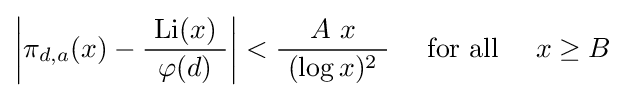
\left|\pi _{d,a}(x)-{\frac {\ \operatorname {Li} (x)\ }{\ \varphi (d)\ }}\right|<{\frac {A\ x}{\ (\log x)^{2}\ }}\quad {\text{ for all }}\quad x\geq B\